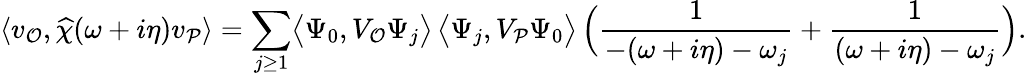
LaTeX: \langle v_{\mathcal{O}},\widehat{\chi}(\omega+i\eta)v_{\mathcal{P}}\rangle=\sum_{j\ge 1}\bigl\langle\Psi_{0},V_{\mathcal{O}}\Psi_{j}\bigr\rangle\, \bigl\langle\Psi_{j},V_{\mathcal{P}}\Psi_{0}\bigr\rangle\, \Bigl(\frac{1}{-(\omega+i\eta)-\omega_{j}}+\frac{1}{(\omega+i\eta)-\omega_{j}}\Bigr).